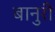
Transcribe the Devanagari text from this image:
बानुरी